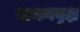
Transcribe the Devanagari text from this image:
वामनवृक्ष